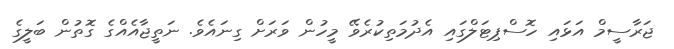
ޖަރާސީމް އަޅައި ހޮސްޕިޓަލްގައި އެދުމަތިކުރެވޭ މީހުން ވަރަށް ގިނައެވެ. ނަތީޖާއެއްގެ ގޮތުން ބަލީގެ